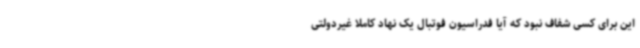
این برای کسی شفاف نبود که آیا فدراسیون فوتبال یک نهاد کاملا غیردولتی